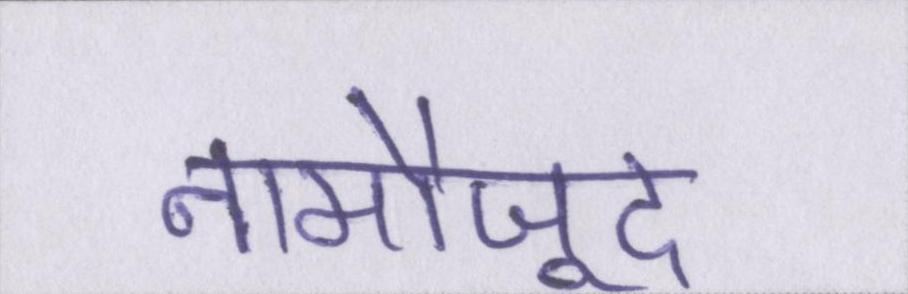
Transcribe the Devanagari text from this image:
नामौजूद